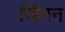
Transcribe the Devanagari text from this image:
खिंगन